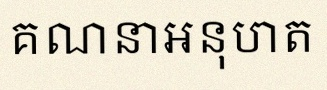
គណនាអនុបាត